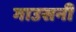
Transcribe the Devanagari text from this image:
गाउसनी